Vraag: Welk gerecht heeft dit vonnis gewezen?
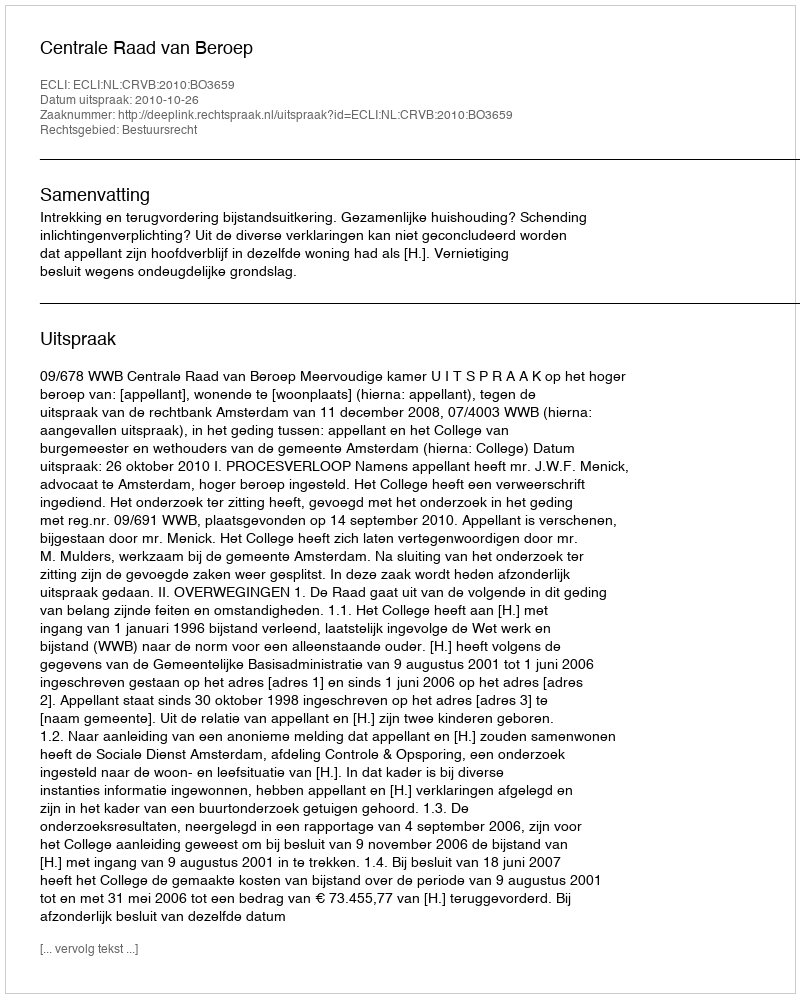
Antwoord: Centrale Raad van Beroep